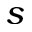
s